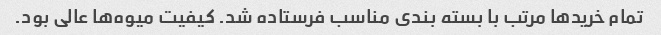
تمام خریدها مرتب با بسته بندی مناسب فرستاده شد. کیفیت میوه‌ها عالی بود.